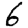
Digit: 6